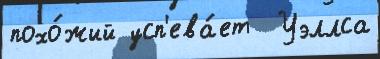
похо́жий усп'ева́ет  Уэллса